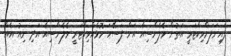
ފައިނަލަށްވިކްޓަރީ އަތުން ވެލެންސިއާ އަށް ފަސޭހަ މޮޅެއްވިކްޓަރީ ވެލެންސިއާ އަދި ނިއު އެއް